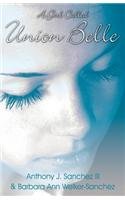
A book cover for A Girl Called Union Belle; Anthony J. Sanchez III; Romance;